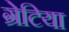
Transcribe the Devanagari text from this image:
ग्रेटिया